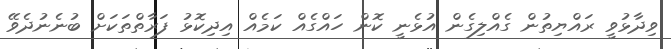
ވިދާޅުވީ ރައްޔިތުން ގެއްލިގެން އުޅެނީ ކޮން ހައްގެއް ކަމެއް އިދިކޮޅު ފަރާތްތަކަށް ބުނެނުދެވޭ